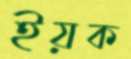
ইয়ক